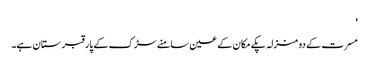
'
مسرت کے دو منزلہ پکے مکان کے عین سامنے سڑک کے پار قبرستان ہے۔